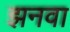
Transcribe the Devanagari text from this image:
झनवा